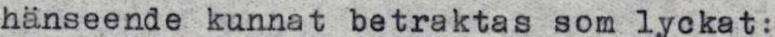
hänseende kunnat betraktas som lyckat: